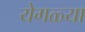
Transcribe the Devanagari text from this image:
येगळ्या